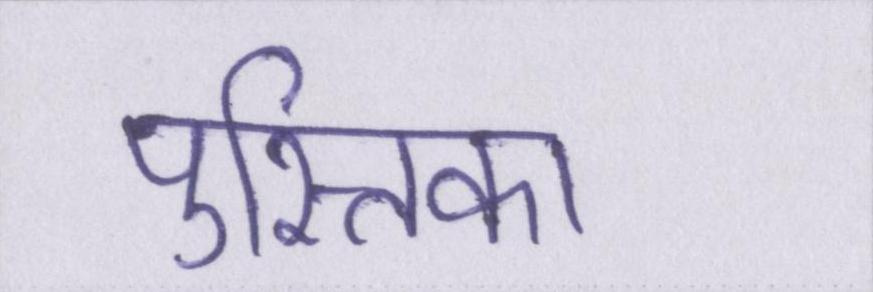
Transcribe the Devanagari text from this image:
पुस्तिका